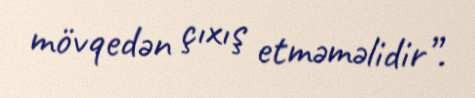
mövqedən çıxış etməməlidir”.